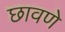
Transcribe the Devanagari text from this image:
छावणे